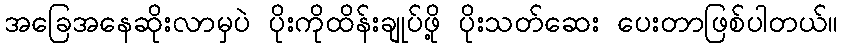
အခြေအနေဆိုးလာမှပဲ ပိုးကိုထိန်းချုပ်ဖို့ ပိုးသတ်ဆေး ပေးတာဖြစ်ပါတယ်။